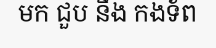
មក ជួប នឹង កងទ័ព